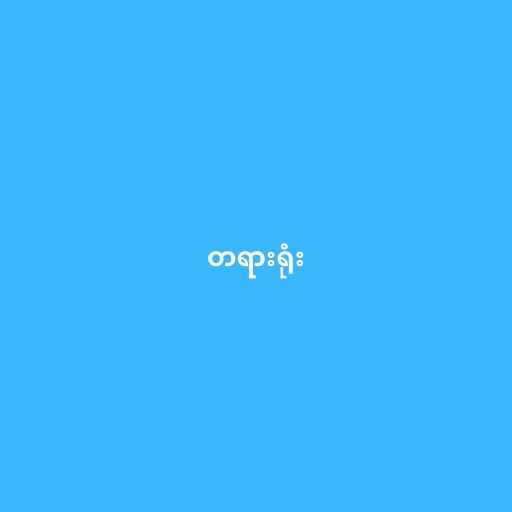
တရားရုံး